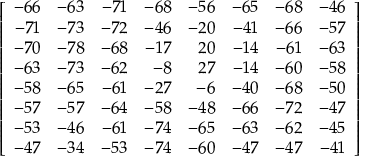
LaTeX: \left[ { \begin{array} { r r r r r r r r } { - 6 6 } & { - 6 3 } & { - 7 1 } & { - 6 8 } & { - 5 6 } & { - 6 5 } & { - 6 8 } & { - 4 6 } \\ { - 7 1 } & { - 7 3 } & { - 7 2 } & { - 4 6 } & { - 2 0 } & { - 4 1 } & { - 6 6 } & { - 5 7 } \\ { - 7 0 } & { - 7 8 } & { - 6 8 } & { - 1 7 } & { 2 0 } & { - 1 4 } & { - 6 1 } & { - 6 3 } \\ { - 6 3 } & { - 7 3 } & { - 6 2 } & { - 8 } & { 2 7 } & { - 1 4 } & { - 6 0 } & { - 5 8 } \\ { - 5 8 } & { - 6 5 } & { - 6 1 } & { - 2 7 } & { - 6 } & { - 4 0 } & { - 6 8 } & { - 5 0 } \\ { - 5 7 } & { - 5 7 } & { - 6 4 } & { - 5 8 } & { - 4 8 } & { - 6 6 } & { - 7 2 } & { - 4 7 } \\ { - 5 3 } & { - 4 6 } & { - 6 1 } & { - 7 4 } & { - 6 5 } & { - 6 3 } & { - 6 2 } & { - 4 5 } \\ { - 4 7 } & { - 3 4 } & { - 5 3 } & { - 7 4 } & { - 6 0 } & { - 4 7 } & { - 4 7 } & { - 4 1 } \end{array} } \right]